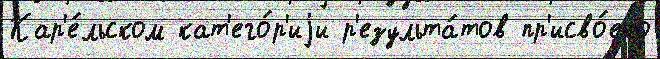
Кар'е́льском кат'его́р'иjи р'езульта́тов пр'исво́ено